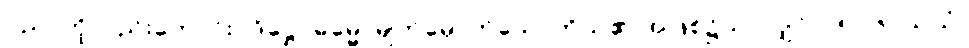
ပညာကိုလည်းကောင်း။ ဒိဋ္ဌေဝဓမ္မေ၊ မျက်မှောက်သောကိုယ်၏ အဖြစ်၌သာလျှင်။ (၅၀၆) သယံ၊